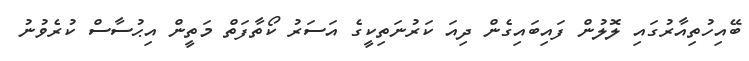
ބޭއިހުތިއާރުގައި ލޮލުން ފައިބައިގެން ދިއަ ކަރުނަތިކީގެ އަސަރު ކޯތާފަތް މަތީން އިޙުސާސް ކުރެވުނު